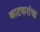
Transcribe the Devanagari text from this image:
काटकरांचा